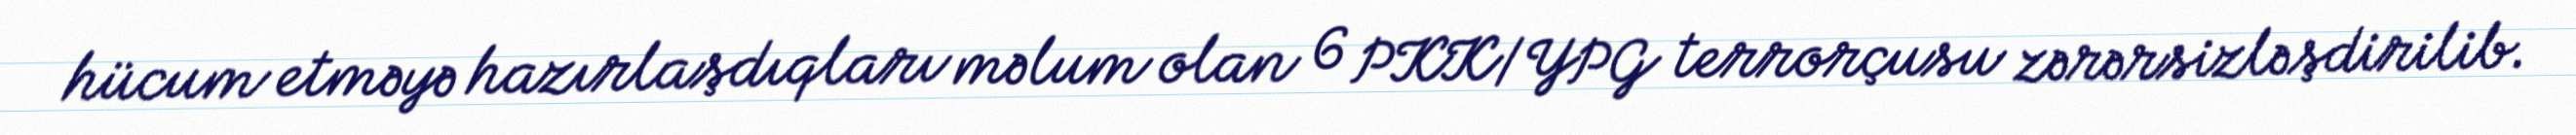
hücum etməyə hazırlaşdıqları məlum olan 6 PKK/YPG terrorçusu zərərsizləşdirilib.